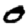
Digit: 0